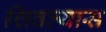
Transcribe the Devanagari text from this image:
शिवल्यास